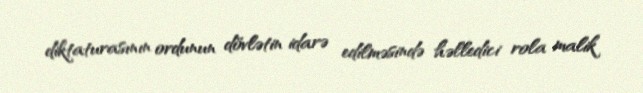
diktaturasının ordunun dövlətin idarə edilməsində həlledici rola malik